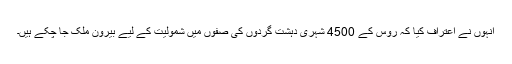
انہوں نے اعتراف کیا کہ روس کے 4500 شہری دہشت گردوں کی صفوں میں شمولیت کے لیے بیرون ملک جا چکے ہیں۔